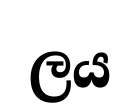
ලය